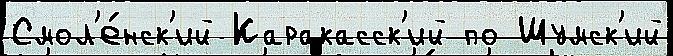
Смол'е́нск'ий Каракасск'ий по Шумск'ий